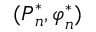
( \boldsymbol { P } _ { n } ^ { * } , \boldsymbol { \varphi } _ { n } ^ { * } )